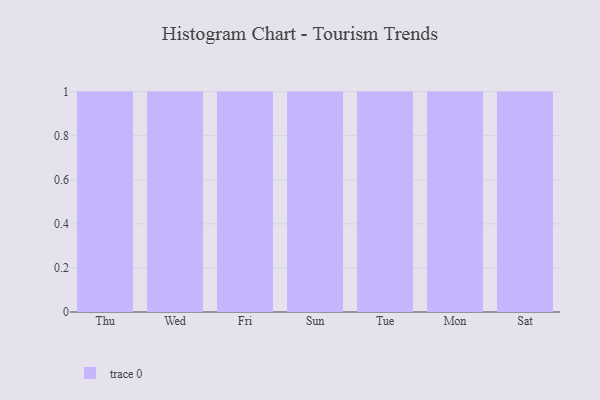
{"axis": {"x": "Day", "y": "Bounce Rate (%)"}, "legend": [""], "data": [{"x": "Thu", "y": 78, "type": ""}, {"x": "Wed", "y": 21, "type": ""}, {"x": "Fri", "y": 74, "type": ""}, {"x": "Sun", "y": 94, "type": ""}, {"x": "Tue", "y": 16, "type": ""}, {"x": "Mon", "y": 12, "type": ""}, {"x": "Sat", "y": 71, "type": ""}]}